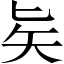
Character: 𠤕